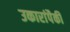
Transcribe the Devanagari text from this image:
उकारांपैकी